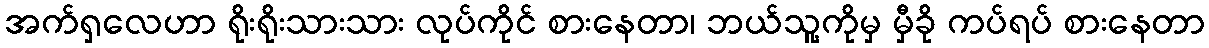
အက်ရှလေဟာ ရိုးရိုးသားသား လုပ်ကိုင် စားနေတာ၊ ဘယ်သူ့ကိုမှ မှီခို ကပ်ရပ် စားနေတာ